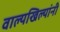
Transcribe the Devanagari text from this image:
वाल्यखिल्यांनी